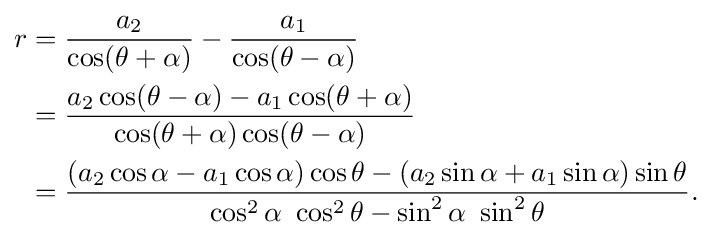
{\begin{aligned}r&={\frac {a_{2}}{\cos(\theta +\alpha )}}-{\frac {a_{1}}{\cos(\theta -\alpha )}}\\&={\frac {a_{2}\cos(\theta -\alpha )-a_{1}\cos(\theta +\alpha )}{\cos(\theta +\alpha )\cos(\theta -\alpha )}}\\&={\frac {(a_{2}\cos \alpha -a_{1}\cos \alpha )\cos \theta -(a_{2}\sin \alpha +a_{1}\sin \alpha )\sin \theta }{\cos ^{2}\alpha \ \cos ^{2}\theta -\sin ^{2}\alpha \ \sin ^{2}\theta }}.\end{aligned}}